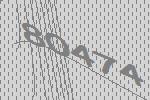
80474